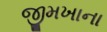
જીમખાના